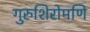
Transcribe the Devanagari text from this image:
गुरुशिरोमणि